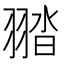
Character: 䎓